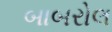
બાબરોલ